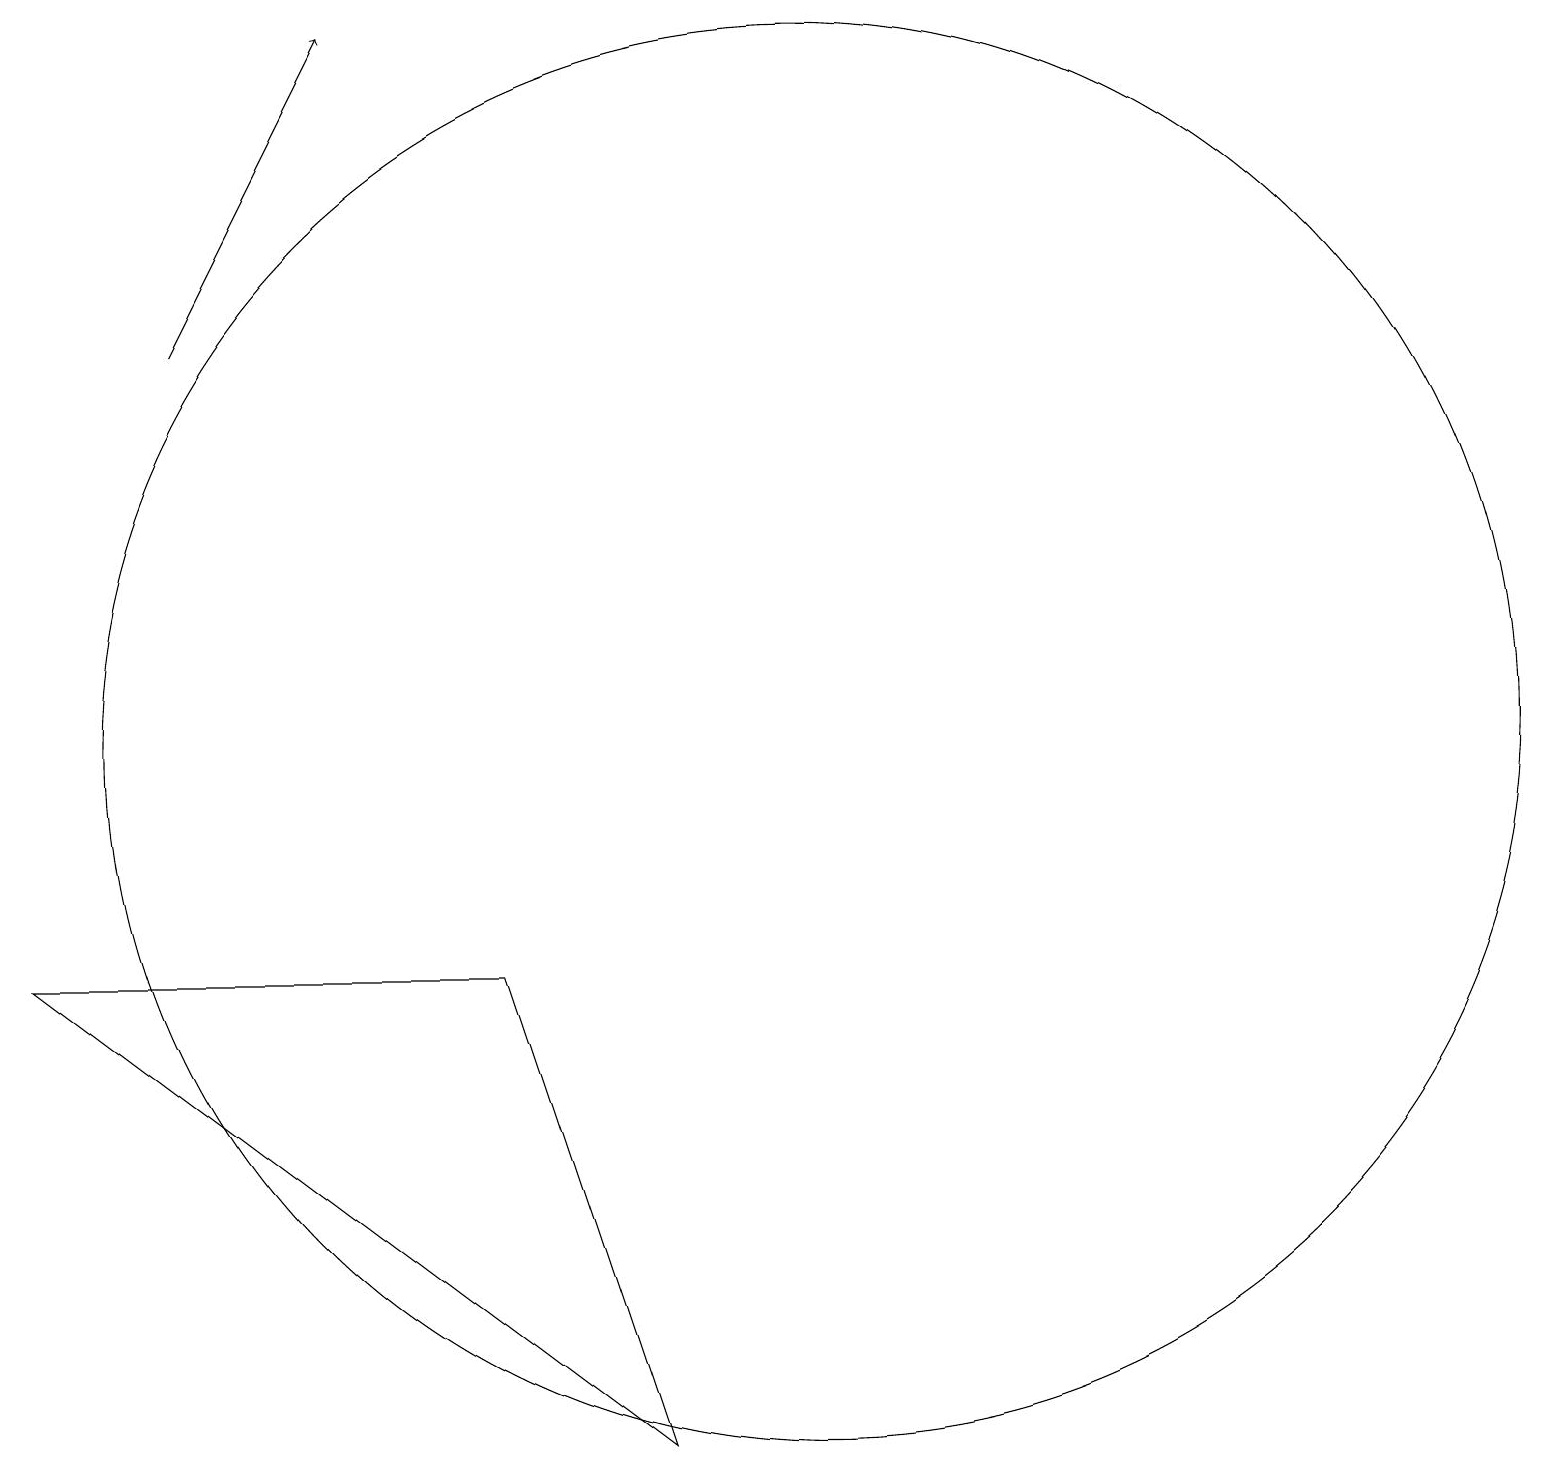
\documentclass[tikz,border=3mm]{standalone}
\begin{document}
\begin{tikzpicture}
\draw (6,7) -- (8,1) -- (0,7) -- cycle;
\draw[->] (2,15) -- (4,19);
\draw (10,10) circle (9);
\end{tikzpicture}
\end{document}